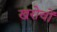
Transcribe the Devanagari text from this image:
खरोचों